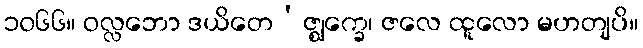
၁၀၆၆။ ဝလ္လဘော ဒယိတေ’ဇ္ဈက္ခေ၊ ဇလေ ထူလော မဟတျပိ။